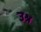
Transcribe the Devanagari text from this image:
उश्र